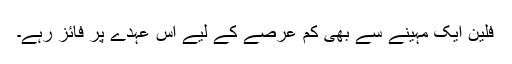
فلین ایک مہینے سے بھی کم عرصے کے لیے اس عہدے پر فائز رہے۔